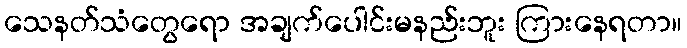
သေနတ်သံတွေရော အချက်ပေါင်းမနည်းဘူး ကြားနေရတာ။